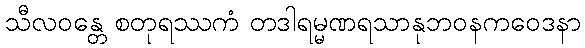
သီလဝန္တေ စတုရဿကံ တဒါရမ္မဏရသာနုဘဝနကဝေဒနာ